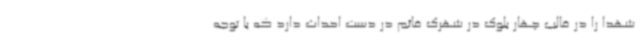
شهدا را در قالب چهار بلوک در شهرک قائم در دست احداث دارد که با توجه